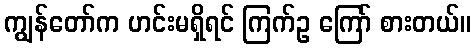
ကျွန်တော်က ဟင်းမရှိရင် ကြက်ဥ ကြော် စားတယ်။